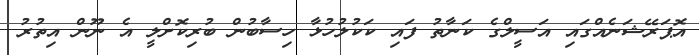
އޮޕަރޭޝަނެއްގައި އަސީލްގެ ކަނާތު ފައި ކަކުލުހުޅާ ހިސާބުން ބުރިކޮށްލީ އެ ނޫން އިތުރު